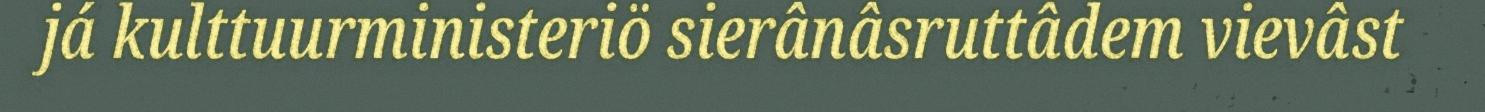
já kulttuurministeriö sierânâsruttâdem vievâst